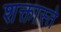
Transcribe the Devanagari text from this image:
शक्तास्ते